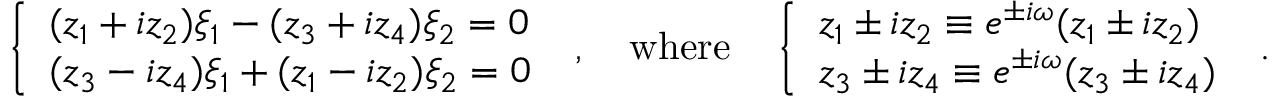
\left\{ \begin{array} { l } { { ( z _ { 1 } + i z _ { 2 } ) \xi _ { 1 } - ( z _ { 3 } + i z _ { 4 } ) \xi _ { 2 } = 0 } } \\ { { ( z _ { 3 } - i z _ { 4 } ) \xi _ { 1 } + ( z _ { 1 } - i z _ { 2 } ) \xi _ { 2 } = 0 } } \end{array} \right. ~ , \quad \mathrm { w h e r e } \quad \left\{ \begin{array} { l } { { z _ { 1 } \pm i z _ { 2 } \equiv e ^ { \pm i \omega } ( z _ { 1 } \pm i z _ { 2 } ) } } \\ { { z _ { 3 } \pm i z _ { 4 } \equiv e ^ { \pm i \omega } ( z _ { 3 } \pm i z _ { 4 } ) } } \end{array} \right. ~ .